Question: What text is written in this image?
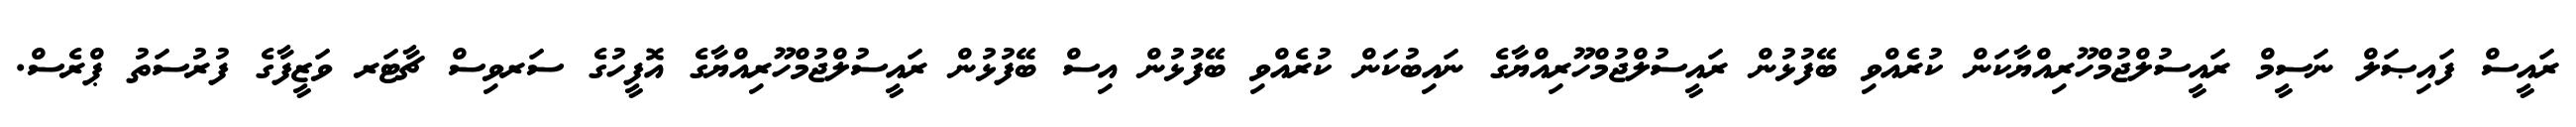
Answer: ރައީސް ފައިޞަލް ނަސީމް ރައީސުލްޖުމްހޫރިއްޔާކަން ކުރެއްވި ބޭފުޅުން ރައީސުލްޖުމްހޫރިއްޔާގެ ނައިބުކަން ކުރެއްވި ބޭފުޅުން އިސް ބޭފުޅުން ރައީސުލްޖުމްހޫރިއްޔާގެ އޮފީހުގެ ސަރވިސް ޗާޓަރ ވަޒީފާގެ ފުރުސަތު ޕްރެސް.